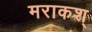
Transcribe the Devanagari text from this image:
मराकश्